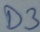
Text: D3